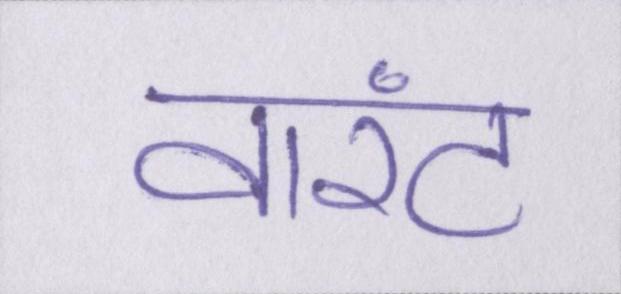
वारंट